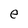
Character: e